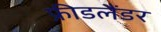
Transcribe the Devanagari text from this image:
फ्रीडलैंडर